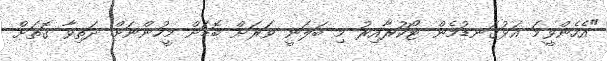
"އެހެންވީމަ އަޅުގަނޑުމެން ޓޯކުރާއިރު މި ބަލަނީ ވަރަށް ބޮޑަށް މީހުންނަށް ދަތިވާ ގޮތަށް